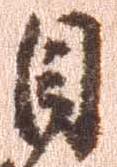
目